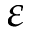
\varepsilon